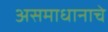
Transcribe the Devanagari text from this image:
असमाधानाचे